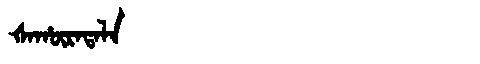
Manchu: ᡧᠠᡥᡡᡵᠠᡨᠠᠯᠠ
Romanization: ŠAHŪRATALA